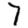
Digit: 7